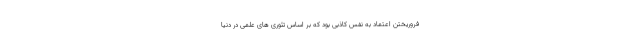
فروریختن اعتماد به نفس کاذبی بود که بر اساس تئوری های علمی در دنیا